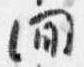
間